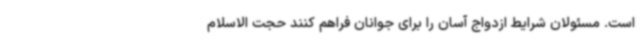
است. مسئولان شرایط ازدواج آسان را برای جوانان فراهم کنند حجت الاسلام